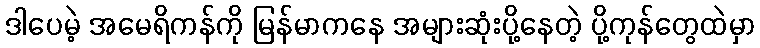
ဒါပေမဲ့ အမေရိကန်ကို မြန်မာကနေ အများဆုံးပို့နေတဲ့ ပို့ကုန်တွေထဲမှာ